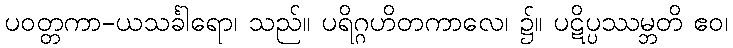
ပဝတ္တကာ-ယသင်္ခါရော၊ သည်။ ပရိဂ္ဂဟိတကာလေ၊ ၌။ ပဋိပ္ပဿမ္ဘတိ ဧဝ၊